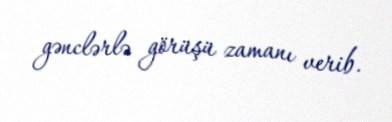
gənclərlə görüşü zamanı verib.